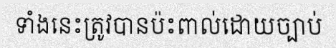
ទាំងនេះត្រូវបានប៉ះពាល់ដោយច្បាប់